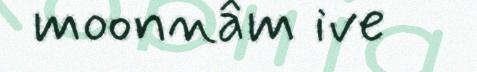
moonnâm ive